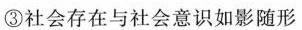
③社会存在与社会意识如影随形